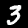
Label: 3